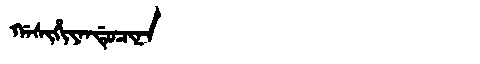
Manchu: ᡤᠠᠰᡳᡥᡳᠶᠠᠨᡩᡠᠴᡳᠨᠠ
Romanization: GASIHIYANDUCINA